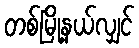
တစ်မြို့နယ်လျှင်